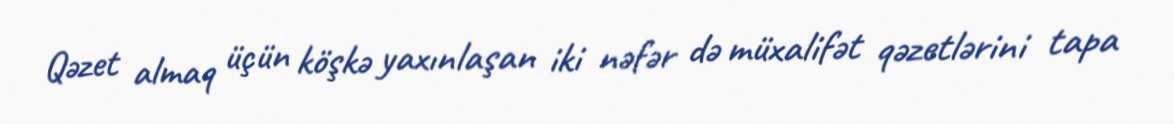
Qəzet almaq üçün köşkə yaxınlaşan iki nəfər də müxalifət qəzetlərini tapa